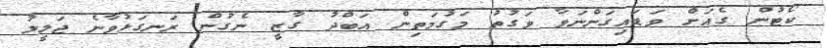
ކޯޓުން ގެއަށް ވަޑައިގަންނަވާ ވަގުތު މަގުމަތިން އަބްދު ގާޒީ ނެގުން ރަނގަޅުވާނެ ޖަލީލު